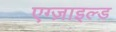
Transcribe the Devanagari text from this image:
एग्ज़ाइल्ड